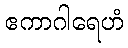
ဧကာဂါရေဟံ